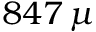
8 4 7 \, \mu